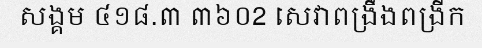
សង្គម ៤១៨.៣ ៣៦០2 សេវាពង្រឹងពង្រីក